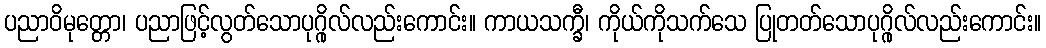
ပညာဝိမုတ္တော၊ ပညာဖြင့်လွတ်သောပုဂ္ဂိုလ်လည်းကောင်း။ ကာယသက္ခီ၊ ကိုယ်ကိုသက်သေ ပြုတတ်သောပုဂ္ဂိုလ်လည်းကောင်း။